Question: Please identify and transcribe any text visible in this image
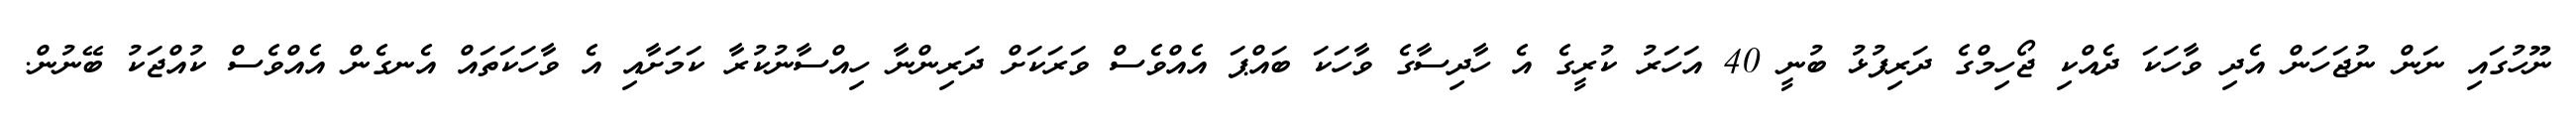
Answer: ނޫހުގައި ނަން ނުޖަހަން އެދި ވާހަކަ ދެއްކި ޖޯހިމްގެ ދަރިފުޅު ބުނީ 40 އަހަރު ކުރީގެ އެ ހާދިސާގެ ވާހަކަ ބައްޕަ އެއްވެސް ވަރަކަށް ދަރިންނާ ހިއްސާނުކުރާ ކަމަށާއި އެ ވާހަކަތައް އެނގެން އެއްވެސް ކުއްޖަކު ބޭނުން.